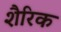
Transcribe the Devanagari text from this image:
शैरिक